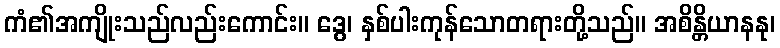
ကံ၏အကျိုးသည်လည်းကောင်း။ ဒွေ၊ နှစ်ပါးကုန်သောတရားတို့သည်။ အစိန္တိယာနနု၊